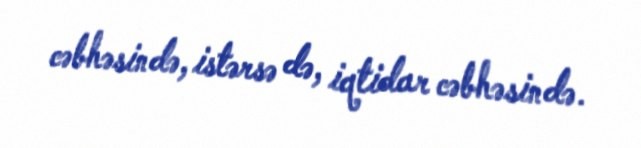
cəbhəsində, istərsə də, iqtidar cəbhəsində.